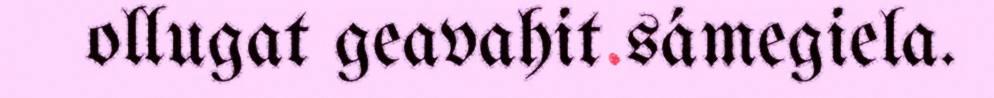
ollugat geavahit sámegiela.